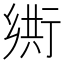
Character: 𬼴